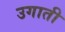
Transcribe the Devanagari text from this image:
उगाती